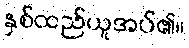
နှစ်ထည်ယူအပ်၏။